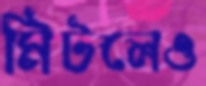
মিটলেও